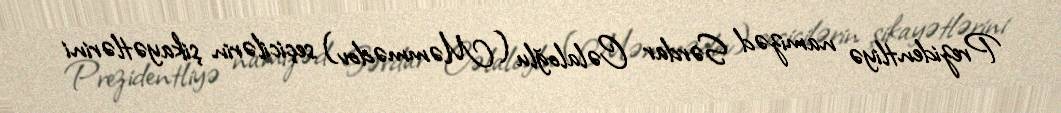
Prezidentliyə namizəd Sərdar Cəlaloğlu (Məmmədov) seçicilərin şikayətlərini